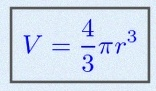
V=\frac43\pi r^3